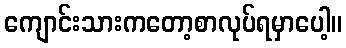
ကျောင်းသားကတော့စာလုပ်ရမှာပေါ့။